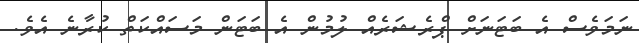
ނަމަވެސް އެ ބަޓަނަށް ޕްރެޝަރެއް ލުމުން އެ ބަޓަން މަސައްކަތް ކުރާނެ އެވެ.